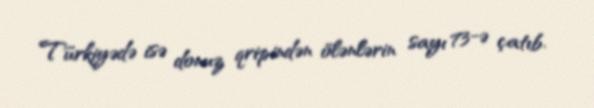
Türkiyədə isə donuz qripindən ölənlərin sayı 73-ə çatıb.